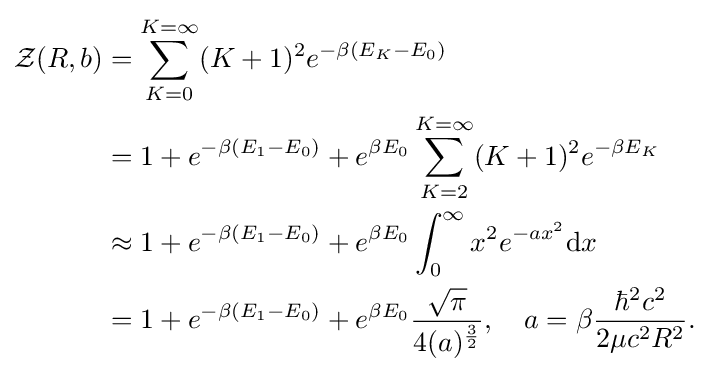
{\begin{aligned}{\mathcal {Z}}(R,b)&=\sum _{K=0}^{K=\infty }(K+1)^{2}e^{-\beta \left(E_{K}-E_{0}\right)}\\&=1+e^{-\beta \left(E_{1}-E_{0}\right)}+e^{\beta E_{0}}\sum _{K=2}^{K=\infty }(K+1)^{2}e^{-\beta E_{K}}\\&\approx 1+e^{-\beta \left(E_{1}-E_{0}\right)}+e^{\beta E_{0}}\int _{0}^{\infty }x^{2}e^{-ax^{2}}{\mathrm {d} }x\\&=1+e^{-\beta \left(E_{1}-E_{0}\right)}+e^{\beta E_{0}}{\frac {\sqrt {\pi }}{4(a)^{\frac {3}{2}}}},\quad a=\beta {\frac {\hbar ^{2}c^{2}}{2\mu c^{2}R^{2}}}.\end{aligned}}